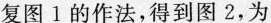
复图1的作法，得到图2，为